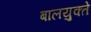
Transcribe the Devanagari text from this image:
बालयुक्ते